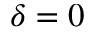
\delta = 0